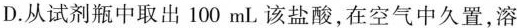
D.从试剂瓶中取出100mL该盐酸，在空气中久置，溶